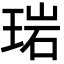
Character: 𬍰